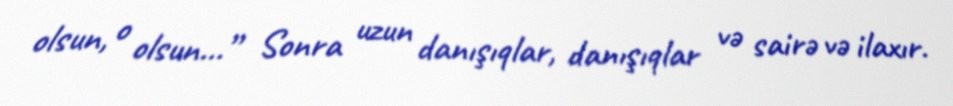
olsun, o olsun...” Sonra uzun danışıqlar, danışıqlar və sairə və ilaxır.